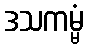
ဒသကမ္မံ